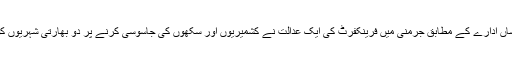
بین الاقوامی خبر رساں ادارے کے مطابق جرمنی میں فرینکفرٹ کی ایک عدالت نے کشمیریوں اور سکھوں کی جاسوسی کرنے پر دو بھارتی شہریوں کو سزائیں سنائی ہیں۔